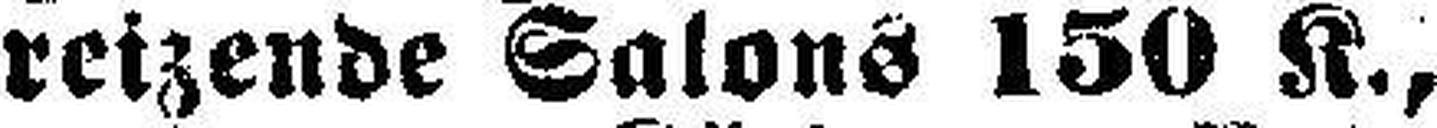
reizende Salons 150 K.,